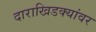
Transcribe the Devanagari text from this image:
दाराखिडक्यांवर